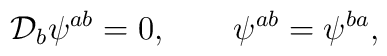
{\cal D}_b\psi^{ab}=0,\quad\quad \psi^{ab}=\psi^{ba},